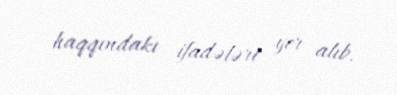
haqqındakı ifadələri yer alıb.